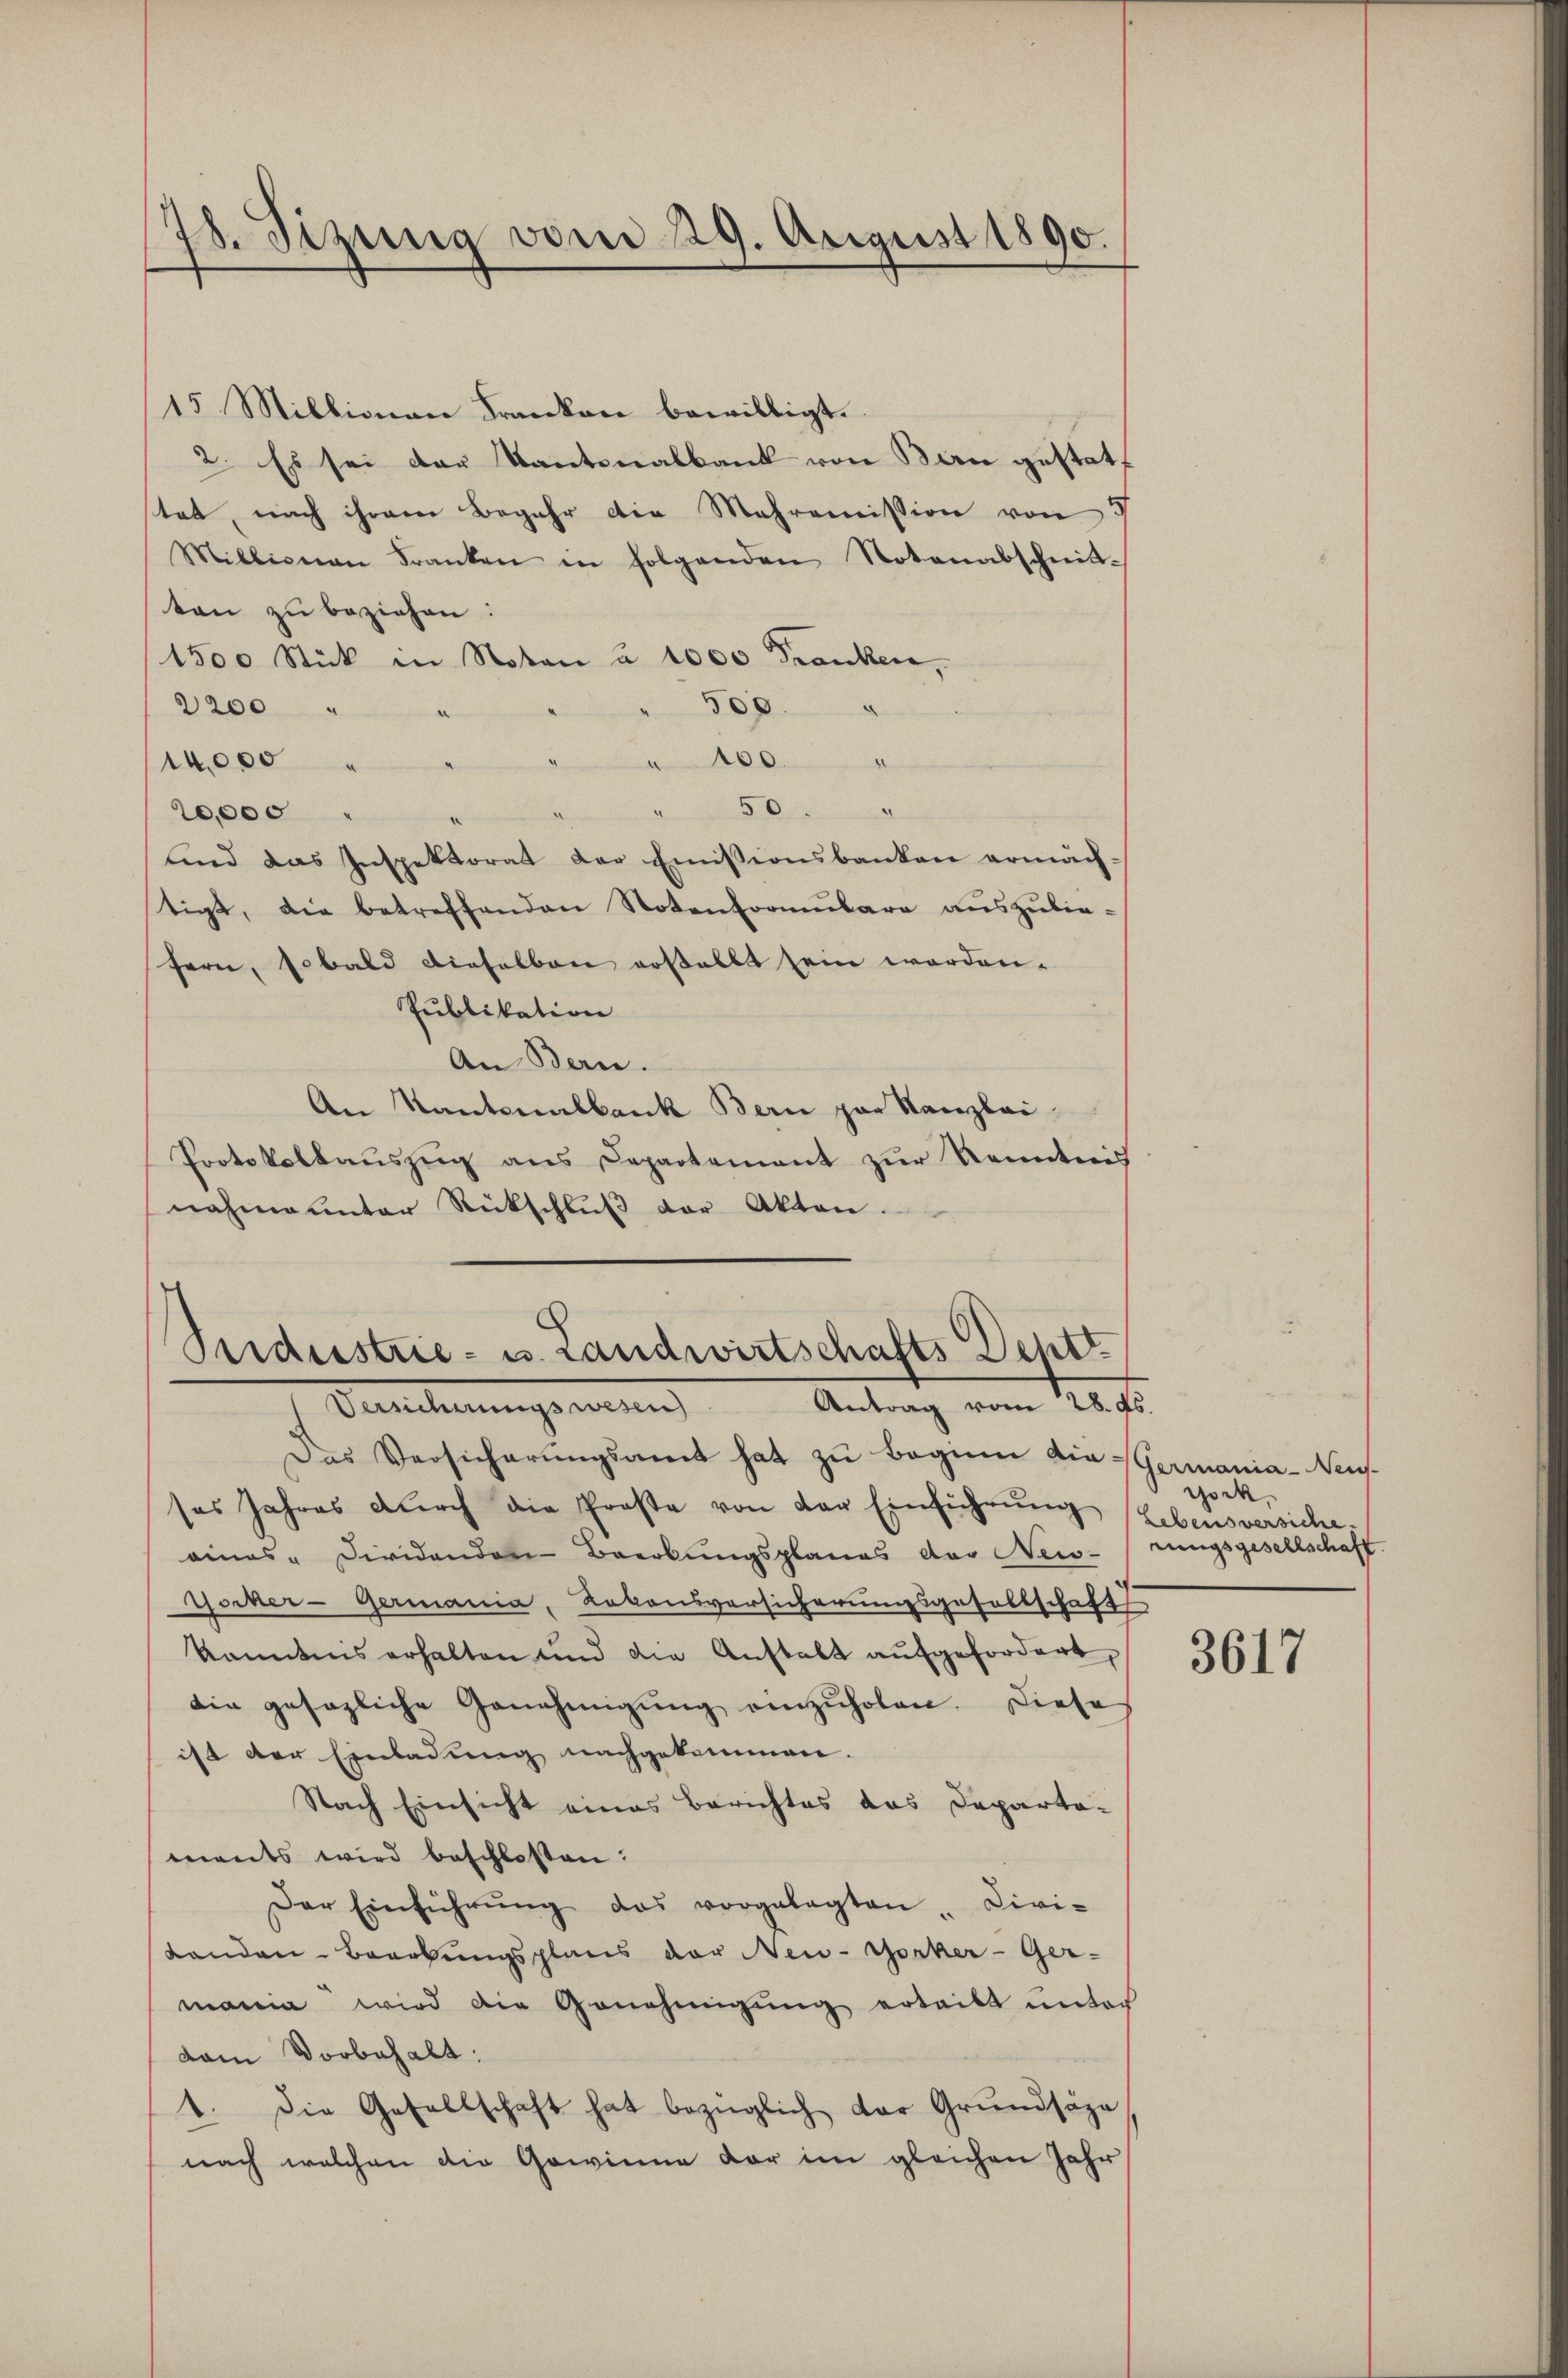
78. Sizung vom 29. August 1890.

15 Millionau Franken bewilligt.
2. Es sei der Kantonalbank von Bern gestattet, nach ihrem Begehr die Mahromission von d
Millionen Franken in folgenden Notenabschnittten zu beziehen:
1300 Stück in Noton à 1000 Franken,
2200
500.
e
 100.
14,000
50
20,000
und das Inspektorat der Emissionsbanken ermächtigt, die betreffenden Notenformulare auszubie-
fern, sobald dieselben erstellt sein worden.
Publikation
An Bern.
An Kantonalbank Bern par Kanzlei-
Protokolaŭszŭg ans Departement zŭr Kenntnis
nahme unter Rückschluß der Akten.

Seiderstrie- u. Landwirtschafts Dept
Antrag vom 28. ds.
Versicherungswesen

Das Versicherŭngsamt hat zŭ beginn die Germania-Neus
ses Jahres dŭrch die Proste von der Einführŭng
aines - Dividandon-Beerbungsplanes der New-
Gocker-Germania, Lakonsversicherungsgesellschaft
kanntnis erhalten und die Anstalt aufgefordert,
die gesezliche Genehmigŭng einzŭholen. Diese
ist der Einladung nachgekommen.
Nach Einsicht eines Berichtes das Departa-
eents wird beschlossen:
Der Einführŭng das vorgelegten Civi-
Landen-Baarbungsplans der New-Yorker-Ger-
mania wird die Genehmigŭng erteilt ŭnter
dam Vorbehalt:
1. Die Gesellschaft hat bezüglich der Grundsäze
nach welchen die Gewinne der im gleichen Jahr

gock
Lebensversiche,
rungsgesellschaft.

3617